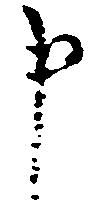
申